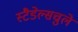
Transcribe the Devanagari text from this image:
स्टैडेल्सचुले